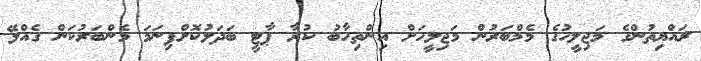
ރައްޔިތުންގެ މަޖިލީހުގެ މެމްބަރުން މަޖިލީހަށް އިންތިހާބު ކުރާ ޕާޓީ ބަދަލުކޮށްފިނަމަ މެންބަރުކަން ގެއްލޭ